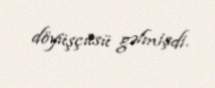
döyüşçüsü gəlmişdi.